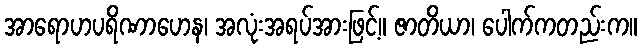
အာရောဟပရိဏာဟေန၊ အလုံးအရပ်အားဖြင့်။ ဇာတိယာ၊ ပေါက်ကတည်းက။